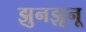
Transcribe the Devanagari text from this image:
झुनझूनू